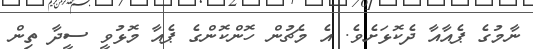
ނާމުގެ ޕެއާއާ ދެކޮޅަށެވެ. އެ މެޗުން ހޮންކޮންގެ ޕެއާ މޮޅުވީ ސީދާ ތިން